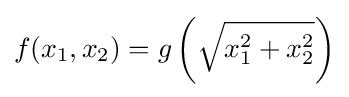
f(x_{1},x_{2})=g\left({\sqrt {x_{1}^{2}+x_{2}^{2}}}\right)